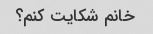
خانم شکایت کنم؟